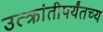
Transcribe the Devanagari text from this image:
उत्क्रांतीपर्यंतच्य